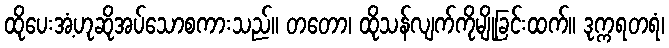
ထိုပေးအံ့ဟုဆိုအပ်သောစကားသည်။ တတော၊ ထိုသန်လျက်ကိုမျိုခြင်းထက်။ ဒုက္ကရတရံ၊